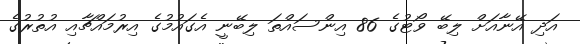
އަދި އޭނާއަށް ލިބޭ ވޯޓުގެ 86 އިންސައްތަ ލިބޭނީ އެގައުމުގެ އިރުމައްޗާއި އުތުރުގެ